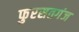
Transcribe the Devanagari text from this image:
फुरसतगंज